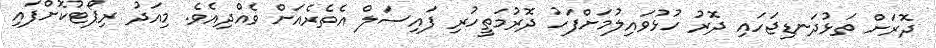
ދޮރަށް ތަޅުދަނޑިޖަހައި ދޮރު ހުޅުވައިލުމަށްފަހު ދޮރުމަތީހުރި ފައިސަލް އެތެރެއަށް ވެއްދިއެވެ. މިއަދު ރިޕޯޓުކޮށްފައި